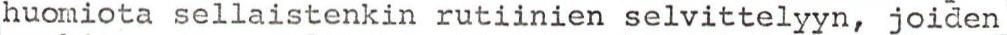
huomiota sellaistenkin rutiinien selvittelyyn, joiden